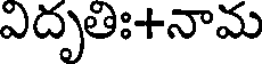
ఎదృతిః+నామ